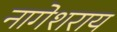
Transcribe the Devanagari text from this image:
नागेशराय